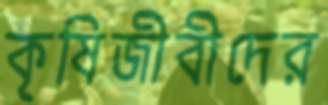
কৃষিজীবীদের